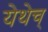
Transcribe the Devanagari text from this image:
येथेच्